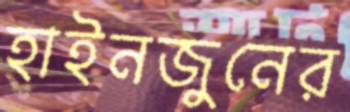
হাইনজুনের